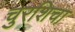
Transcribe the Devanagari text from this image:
चुरशिचा